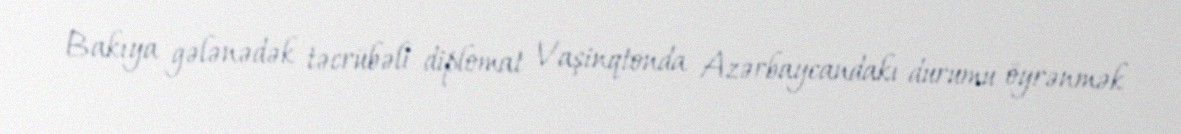
Bakıya gələnədək təcrübəli diplomat Vaşinqtonda Azərbaycandakı durumu öyrənmək